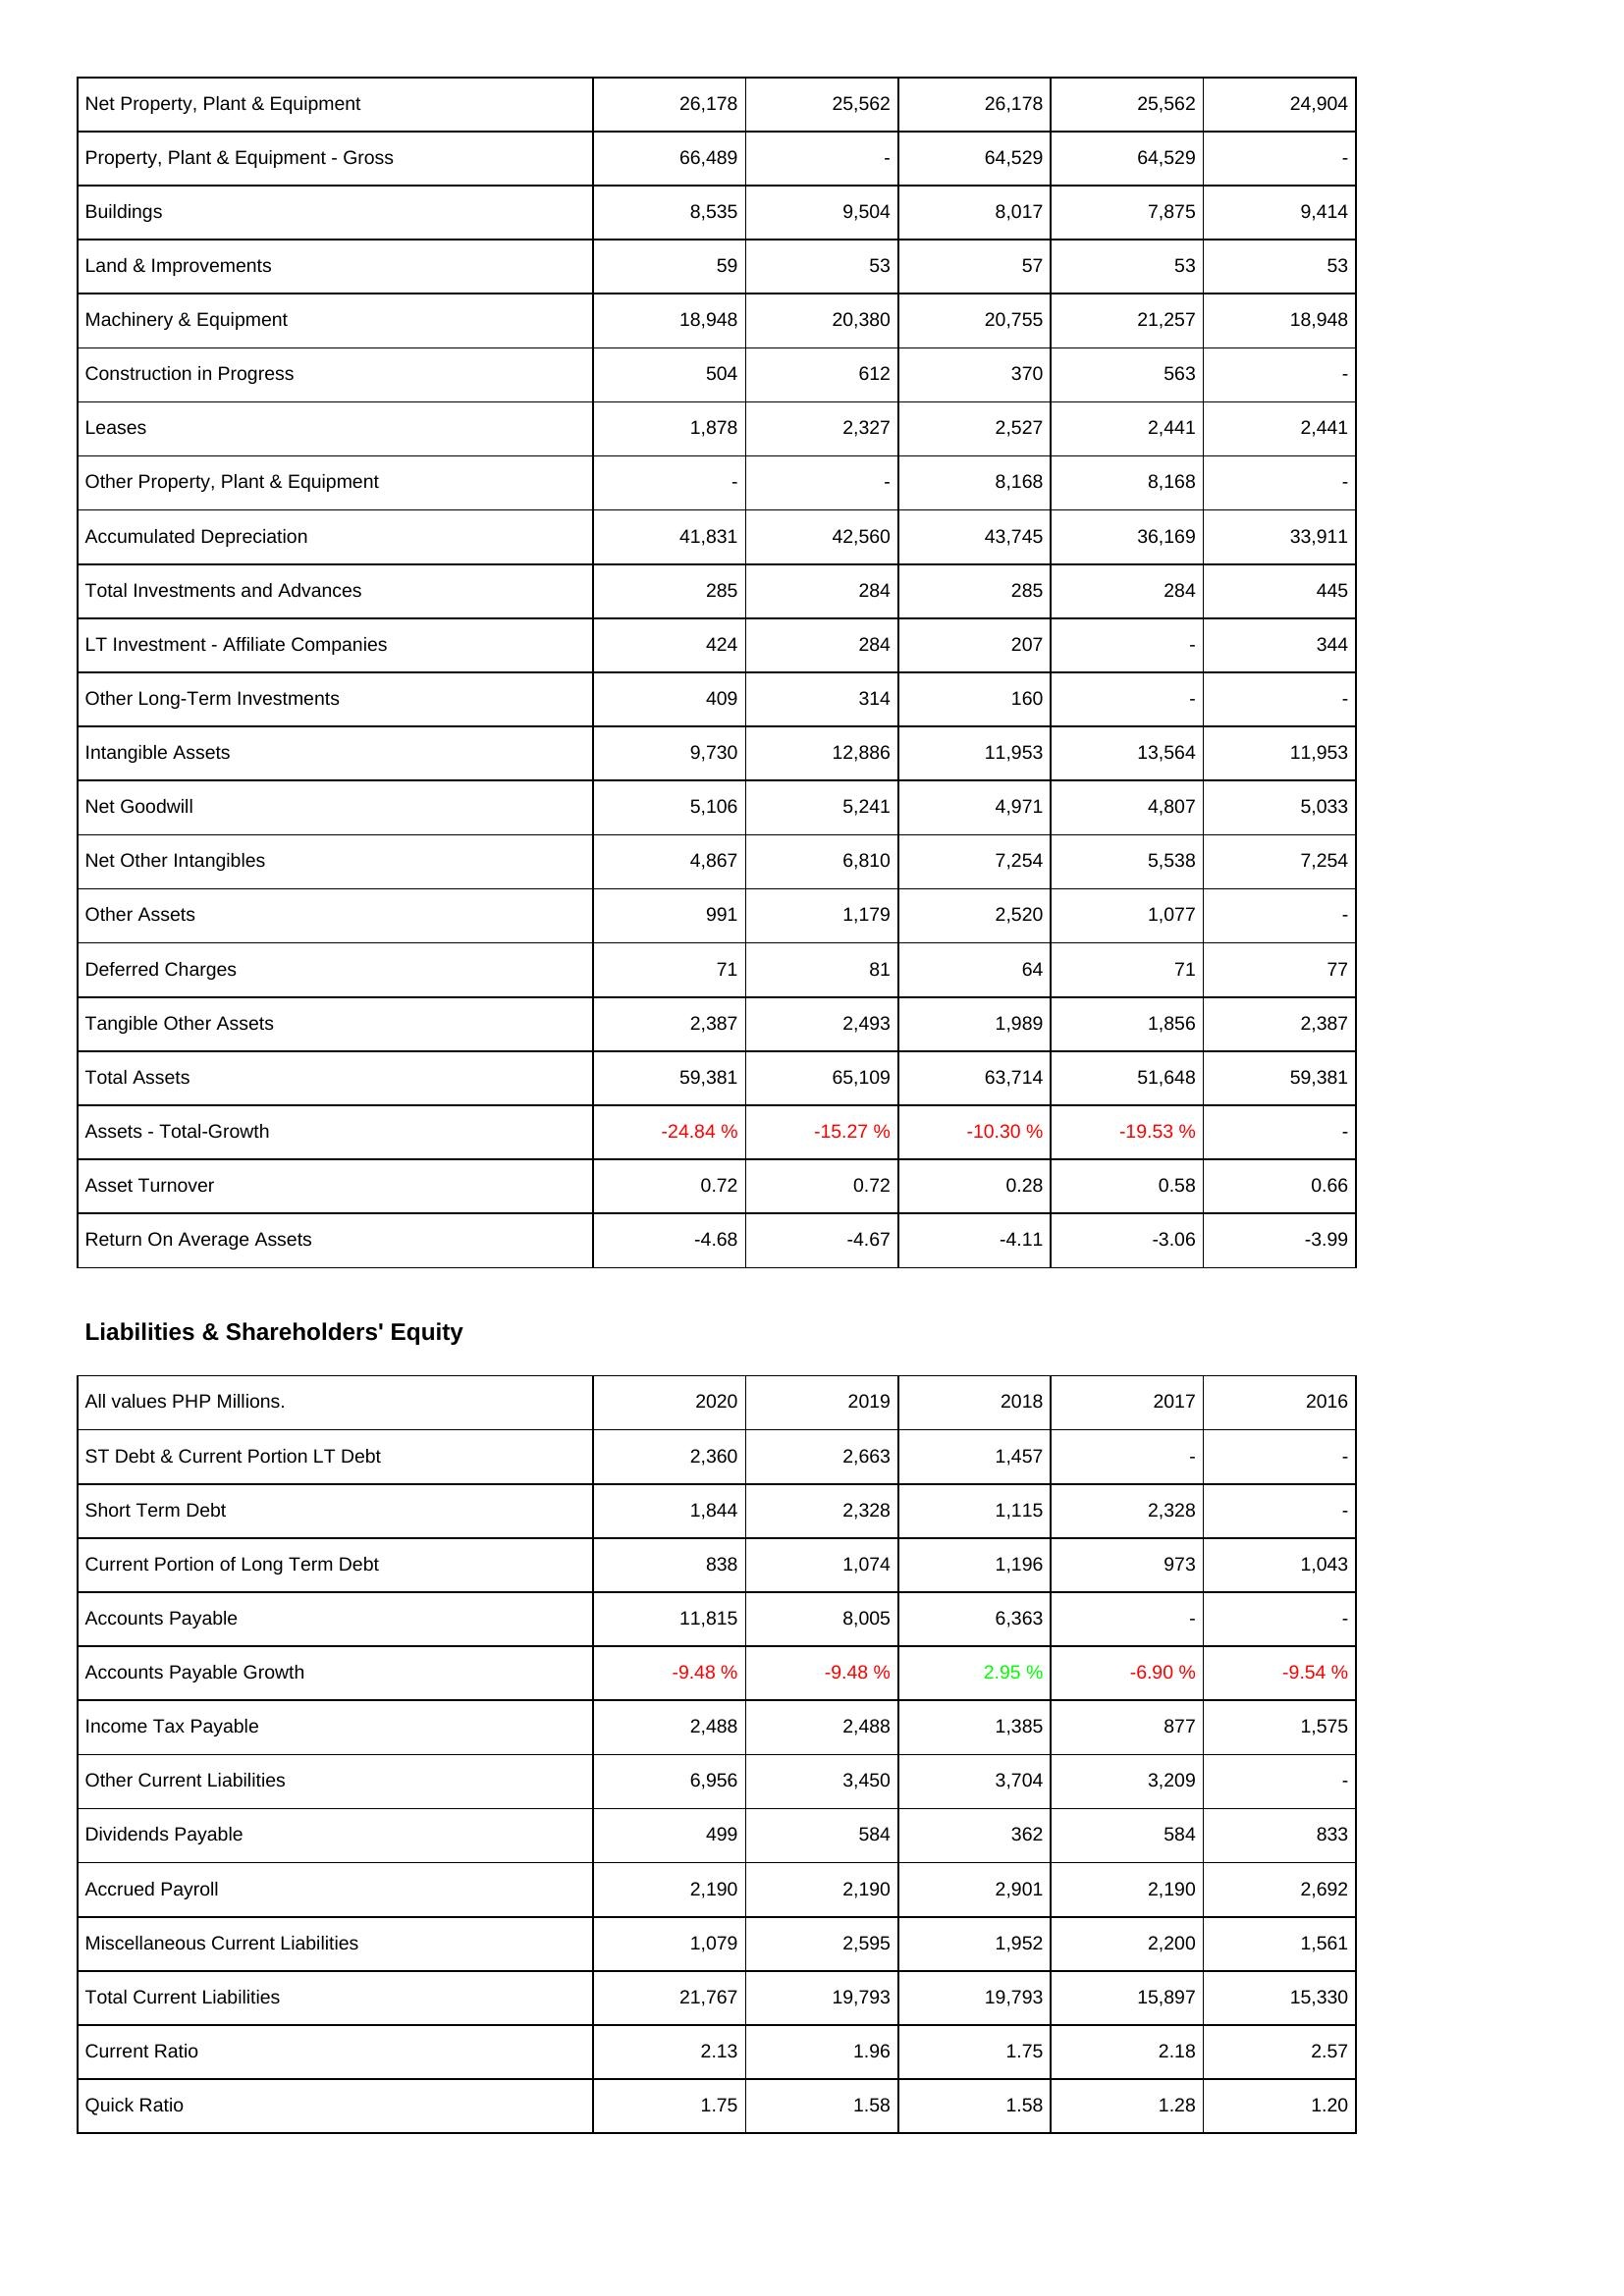
2020: Assets: Net Property, Plant & Equipment: 26,178
Property, Plant & Equipment - Gross: 66,489
Buildings: 8,535
Land & Improvements: 59
Machinery & Equipment: 18,948
Construction in Progress: 504
Leases: 1,878
Other Property, Plant & Equipment: -
Accumulated Depreciation: 41,831
Total Investments and Advances: 285
LT Investment - Affiliate Companies: 424
Other Long-Term Investments: 409
Intangible Assets: 9,730
Net Goodwill: 5,106
Net Other Intangibles: 4,867
Other Assets: 991
Deferred Charges: 71
Tangible Other Assets: 2,387
Total Assets: 59,381
Assets - Total-Growth: -24.84 %
Asset Turnover: 0.72
Return On Average Assets: -4.68
Liabilities & Shareholders' Equity: ST Debt & Current Portion LT Debt: 2,360
Short Term Debt: 1,844
Current Portion of Long Term Debt: 838
Accounts Payable: 11,815
Accounts Payable Growth: -9.48 %
Income Tax Payable: 2,488
Other Current Liabilities: 6,956
Dividends Payable: 499
Accrued Payroll: 2,190
Miscellaneous Current Liabilities: 1,079
Total Current Liabilities: 21,767
Current Ratio: 2.13
Quick Ratio: 1.75
2019: Assets: Net Property, Plant & Equipment: 25,562
Property, Plant & Equipment - Gross: -
Buildings: 9,504
Land & Improvements: 53
Machinery & Equipment: 20,380
Construction in Progress: 612
Leases: 2,327
Other Property, Plant & Equipment: -
Accumulated Depreciation: 42,560
Total Investments and Advances: 284
LT Investment - Affiliate Companies: 284
Other Long-Term Investments: 314
Intangible Assets: 12,886
Net Goodwill: 5,241
Net Other Intangibles: 6,810
Other Assets: 1,179
Deferred Charges: 81
Tangible Other Assets: 2,493
Total Assets: 65,109
Assets - Total-Growth: -15.27 %
Asset Turnover: 0.72
Return On Average Assets: -4.67
Liabilities & Shareholders' Equity: ST Debt & Current Portion LT Debt: 2,663
Short Term Debt: 2,328
Current Portion of Long Term Debt: 1,074
Accounts Payable: 8,005
Accounts Payable Growth: -9.48 %
Income Tax Payable: 2,488
Other Current Liabilities: 3,450
Dividends Payable: 584
Accrued Payroll: 2,190
Miscellaneous Current Liabilities: 2,595
Total Current Liabilities: 19,793
Current Ratio: 1.96
Quick Ratio: 1.58
2018: Assets: Net Property, Plant & Equipment: 26,178
Property, Plant & Equipment - Gross: 64,529
Buildings: 8,017
Land & Improvements: 57
Machinery & Equipment: 20,755
Construction in Progress: 370
Leases: 2,527
Other Property, Plant & Equipment: 8,168
Accumulated Depreciation: 43,745
Total Investments and Advances: 285
LT Investment - Affiliate Companies: 207
Other Long-Term Investments: 160
Intangible Assets: 11,953
Net Goodwill: 4,971
Net Other Intangibles: 7,254
Other Assets: 2,520
Deferred Charges: 64
Tangible Other Assets: 1,989
Total Assets: 63,714
Assets - Total-Growth: -10.30 %
Asset Turnover: 0.28
Return On Average Assets: -4.11
Liabilities & Shareholders' Equity: ST Debt & Current Portion LT Debt: 1,457
Short Term Debt: 1,115
Current Portion of Long Term Debt: 1,196
Accounts Payable: 6,363
Accounts Payable Growth: 2.95 %
Income Tax Payable: 1,385
Other Current Liabilities: 3,704
Dividends Payable: 362
Accrued Payroll: 2,901
Miscellaneous Current Liabilities: 1,952
Total Current Liabilities: 19,793
Current Ratio: 1.75
Quick Ratio: 1.58
2017: Assets: Net Property, Plant & Equipment: 25,562
Property, Plant & Equipment - Gross: 64,529
Buildings: 7,875
Land & Improvements: 53
Machinery & Equipment: 21,257
Construction in Progress: 563
Leases: 2,441
Other Property, Plant & Equipment: 8,168
Accumulated Depreciation: 36,169
Total Investments and Advances: 284
LT Investment - Affiliate Companies: -
Other Long-Term Investments: -
Intangible Assets: 13,564
Net Goodwill: 4,807
Net Other Intangibles: 5,538
Other Assets: 1,077
Deferred Charges: 71
Tangible Other Assets: 1,856
Total Assets: 51,648
Assets - Total-Growth: -19.53 %
Asset Turnover: 0.58
Return On Average Assets: -3.06
Liabilities & Shareholders' Equity: ST Debt & Current Portion LT Debt: -
Short Term Debt: 2,328
Current Portion of Long Term Debt: 973
Accounts Payable: -
Accounts Payable Growth: -6.90 %
Income Tax Payable: 877
Other Current Liabilities: 3,209
Dividends Payable: 584
Accrued Payroll: 2,190
Miscellaneous Current Liabilities: 2,200
Total Current Liabilities: 15,897
Current Ratio: 2.18
Quick Ratio: 1.28
2016: Assets: Net Property, Plant & Equipment: 24,904
Property, Plant & Equipment - Gross: -
Buildings: 9,414
Land & Improvements: 53
Machinery & Equipment: 18,948
Construction in Progress: -
Leases: 2,441
Other Property, Plant & Equipment: -
Accumulated Depreciation: 33,911
Total Investments and Advances: 445
LT Investment - Affiliate Companies: 344
Other Long-Term Investments: -
Intangible Assets: 11,953
Net Goodwill: 5,033
Net Other Intangibles: 7,254
Other Assets: -
Deferred Charges: 77
Tangible Other Assets: 2,387
Total Assets: 59,381
Assets - Total-Growth: -
Asset Turnover: 0.66
Return On Average Assets: -3.99
Liabilities & Shareholders' Equity: ST Debt & Current Portion LT Debt: -
Short Term Debt: -
Current Portion of Long Term Debt: 1,043
Accounts Payable: -
Accounts Payable Growth: -9.54 %
Income Tax Payable: 1,575
Other Current Liabilities: -
Dividends Payable: 833
Accrued Payroll: 2,692
Miscellaneous Current Liabilities: 1,561
Total Current Liabilities: 15,330
Current Ratio: 2.57
Quick Ratio: 1.20